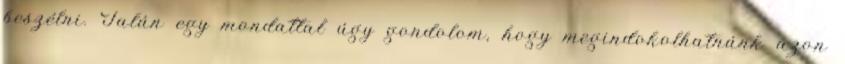
beszélni. Talán egy mondattal úgy gondolom, hogy megindokolhatnánk azon